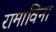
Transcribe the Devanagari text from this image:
रामाविना